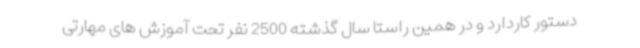
دستور کاردارد و در همین راستا سال گذشته 2500 نفر تحت آموزش های مهارتی